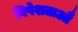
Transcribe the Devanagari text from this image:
विषेशताऔ